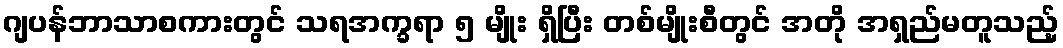
ဂျပန်ဘာသာစကားတွင် သရအက္ခရာ ၅ မျိုး ရှိပြီး တစ်မျိုးစီတွင် အတို အရှည်မတူသည့်